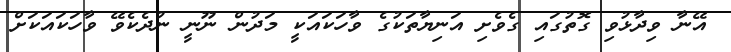
އޭނާ ވިދާޅުވި ގޮތުގައި ގެވެށި އަނިޔާތަކުގެ ވާހަކައަކީ މަދުން ނޫނީ ނުދެކެވޭ ވާހަކައަކަށް